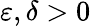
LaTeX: \varepsilon,\delta>0